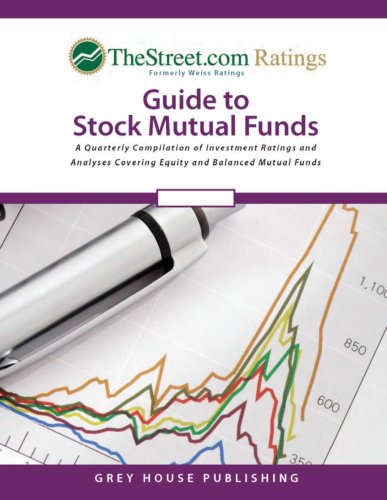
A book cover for Thestreet.comRating's Guide to Stock Mutual Funds: A Quarterly Compilation of Investment Ratings and Analyses Covering Equity and Balanced Mutual Funds   Spring 07; Inc. Weiss Ratings; Business & Money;